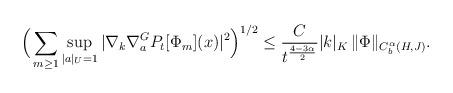
LaTeX: \begin{align*} \Big ( \sum_{m \ge 1} \sup_{|a|_U =1}| \nabla_k \nabla_{a}^G P_t[\Phi_m](x)|^2 \Big)^{1/2}\le \frac{C}{t^{\frac{4 - 3\alpha}{2}}} |k|_K \, \| \Phi\|_{ C^{\alpha}_b(H, J)}. \end{align*}